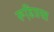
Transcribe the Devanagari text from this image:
रूढि़ग्रस्त